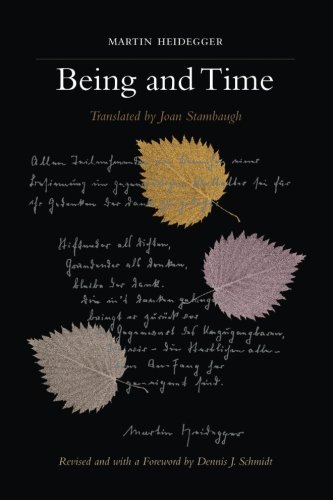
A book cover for Being and Time: A Revised Edition of the Stambaugh Translation (SUNY series in Contemporary Continental Philosophy); Martin Heidegger; Politics & Social Sciences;